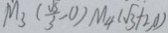
M _ { 3 } ( \frac { \sqrt { 3 } } { 3 } , 0 ) M _ { 4 } ( \sqrt { 3 } + 2 , 0 )